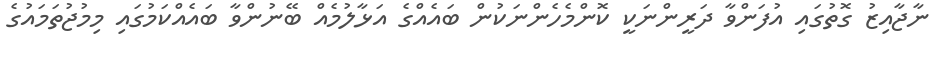
ނާޖާއިޒު ގޮތުގައި އުފަންވާ ދަރީންނަކީ ކޮންމެހެންނަކުން ބައެއްގެ އަޅާލުމެއް ބޭނުންވާ ބައެއްކަމުގައި މިމުޖުތަމައުގެ